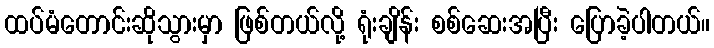
ထပ်မံတောင်းဆိုသွားမှာ ဖြစ်တယ်လို့ ရုံးချိန်း စစ်ဆေးအပြီး ပြောခဲ့ပါတယ်။